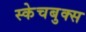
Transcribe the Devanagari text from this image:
स्केचबुक्स